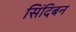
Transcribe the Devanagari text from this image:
सिंदिबन